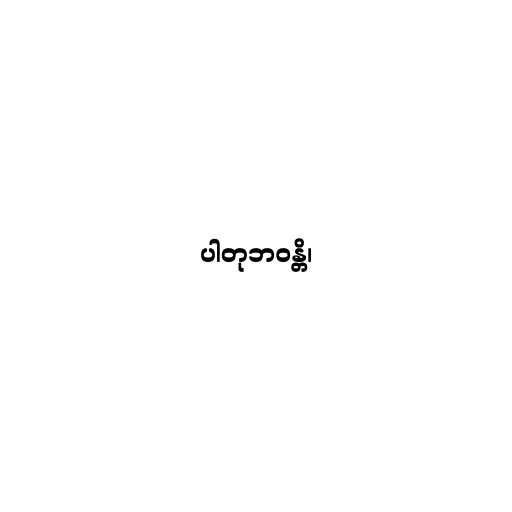
ပါတုဘဝန္တိ၊